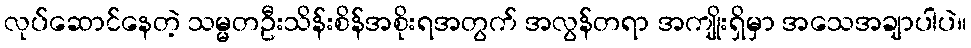
လုပ်ဆောင်နေတဲ့ သမ္မတဦးသိန်းစိန်အစိုးရအတွက် အလွန်တရာ အကျိုးရှိမှာ အသေအချာပါပဲ။